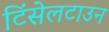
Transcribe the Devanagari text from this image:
टिंसेलटाउन